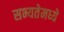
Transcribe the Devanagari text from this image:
सभ्यतेमध्ये